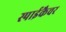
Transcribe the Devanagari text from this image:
स्पाईकैचर